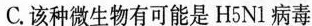
C.该种微生物有可能是H5N1病毒